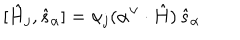
[ \hat { H } _ { j } , \hat { s } _ { \alpha } ] = \alpha _ { j } ( \alpha ^ { \vee } \cdot \hat { H } ) \thinspace \hat { s } _ { \alpha }